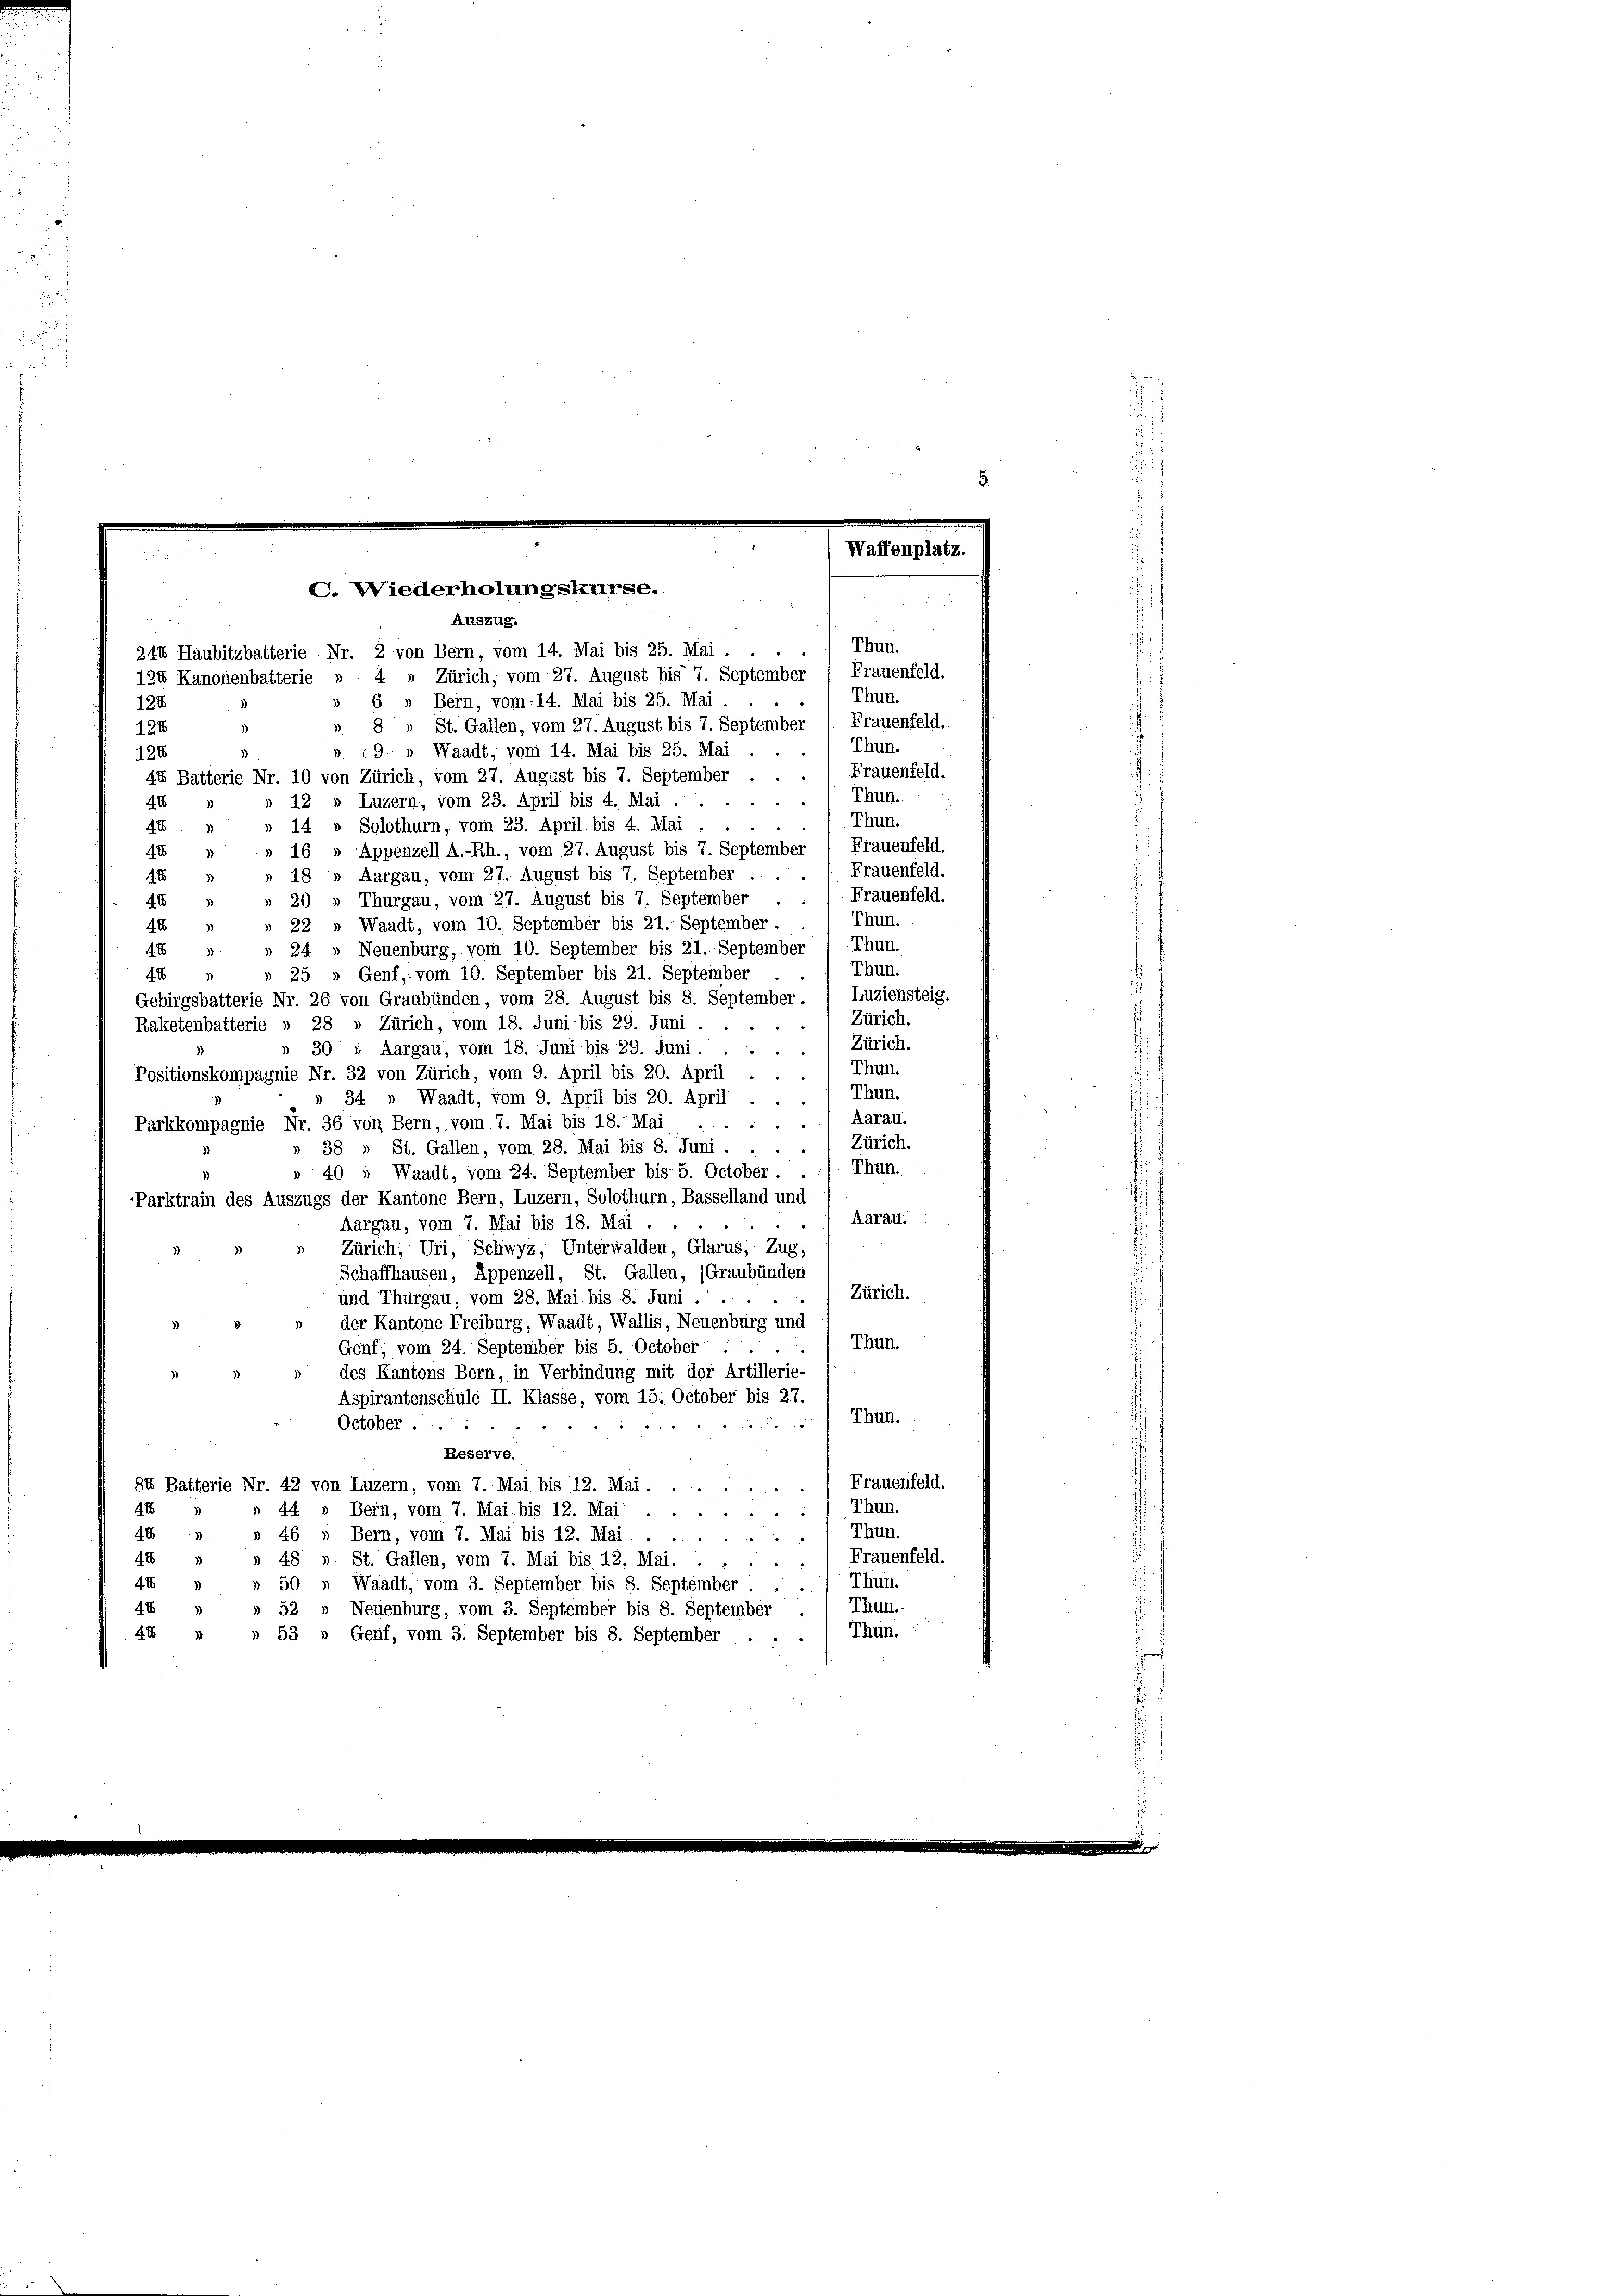
Waffenplatz.
C. Wiederholungskurse.
Auszug.
Thun.
244 Haubitzbatterie Nr. 2 von Bern, vom 14. Mai bis 25. Mai . .

.
124 Kanonenbatterie » 4 » Zürich, vom 27. August bis 7. September Frauenfeld.
Thun.
6 » Bern, vom 14. Mai bis 25. Mai
"
124
8 » St. Gallen, vom 27. August bis 7. September / Frauenfeld:
124
Thun.
9. » Waadt, vom 14. Mai bis 25. Mai . ..
128
Frauenfeld.
44 Batterie Nr. 10 von Zürich, vom 27. August bis 7. September . . .
Thun.
12 n Luzern, vom 23. April bis 4. Mai
4
Thun.
14 » Solothurn, vom 23. April bis 4. Mai . ..
42
16 » Appenzell A.-Rh., vom 27. August bis 7. September (Frauenfeld.
42
18 » Aargau, vom 27. August bis 7. September ...
4 x
Thurgau, vom 27. August bis 7. September
20
4
Thun.
22 » Waadt, vom 10. September bis 21. September.
4x
24 » Neuenburg, vom 10. September bis 21. September Thun.
40
Thun.
25
Genf, vom 10. September bis 21. September
483
Gebirgsbatterie Nr. 26 von Graubünden, vom 28. August bis 8. September. / Luziensteig.
Zürich.
Raketenbatterie » 28 » Zürich, vom 18. Juni bis 29. Juni . .
Zürich.
» 30 ; Aargau, vom 18. Juni bis 29. Juni.
Thun.
Positionskompagnie Nr. 32 von Zürich, vom 9. April bis 20. April
Thun.
» 34 » Waadt, vom 9. April bis 20. April
Aarau.
Parkkompagnie Nr. 36 von Bern, vom 7. Mai bis 18. Mai
Zürich.
38 » St. Gallen, vom 28. Mai bis 8. Juni.
Thun.
» 40 " Waadt, vom 24. September bis 5. October.
Parktrain des Auszugs der Kantone Bern, Luzern, Solothurn, Basselland und
Aarau.
Aargau, vom 7. Mai bis 18. Mai

Zürich, Uri, Schwyz, Unterwalden, Glarus, Zug; )
Schaffhausen, Appenzell, St. Gallen, (Graubünden
Zürich.
und Thurgau, vom 28. Mai bis 8. Juni ..
2
der Kantone Freiburg, Waadt, Wallis, Neuenburg und
Thun.
Genf; vom 24. September bis 5. October
des Kantons Bern, in Verbindung mit der Artillerie-
Aspirantenschule II. Klasse, vom 15. October bis 27.
Thun.
October ...

Reserve.
Frauenfeld.
84 Batterie Nr. 42 von Luzern, vom 7. Mai bis 12. Mai.
2
Thun.
44 » Bein, vom 7. Mai bis 12. Mai
48
e
Thun.
4x
1
46 „ Bern, vom 7. Mai bis 12. Mai
Frauenfeld.
4 " " 48 u. St. Gallen, vom 7. Mai bis 12. Mai. .
Thun.
4 1
50 „ Waadt, vom 3. September bis 8. September
Thun.
44
» 52 „ Neuenburg, vom 3. September bis 8. September
Thun.
48
» 53 „ Genf, vom 3. September bis 8. September . .

Frauenfeld.
Frauenfeld.